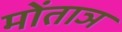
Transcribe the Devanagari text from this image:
मोंताञ